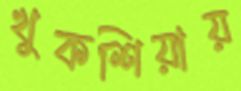
খুকশিয়ায়